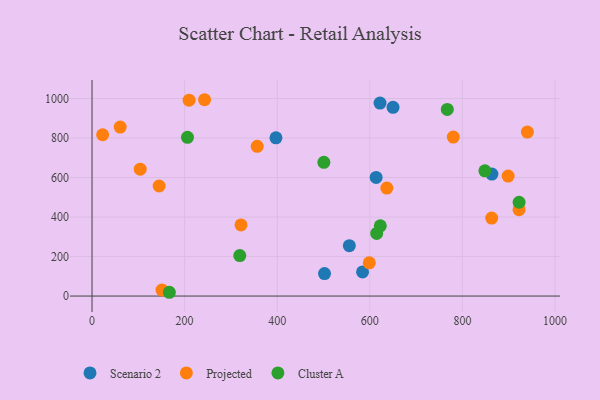
{"axis": {"x": "Ad Spend", "y": "Profit"}, "legend": ["Cluster A", "Projected", "Scenario 2"], "data": [{"x": "397.3", "y": 801.1, "type": "Scenario 2"}, {"x": "502.2", "y": 113.9, "type": "Scenario 2"}, {"x": "613.7", "y": 600.3, "type": "Scenario 2"}, {"x": "622.1", "y": 976.7, "type": "Scenario 2"}, {"x": "863.8", "y": 617.7, "type": "Scenario 2"}, {"x": "555.8", "y": 255.0, "type": "Scenario 2"}, {"x": "650.2", "y": 955.3, "type": "Scenario 2"}, {"x": "584.4", "y": 122.3, "type": "Scenario 2"}, {"x": "22.9", "y": 816.6, "type": "Projected"}, {"x": "60.8", "y": 855.5, "type": "Projected"}, {"x": "598.9", "y": 168.3, "type": "Projected"}, {"x": "780.4", "y": 804.9, "type": "Projected"}, {"x": "898.8", "y": 607.6, "type": "Projected"}, {"x": "243.1", "y": 993.9, "type": "Projected"}, {"x": "940.4", "y": 830.0, "type": "Projected"}, {"x": "636.8", "y": 546.8, "type": "Projected"}, {"x": "151.1", "y": 30.1, "type": "Projected"}, {"x": "863.3", "y": 394.8, "type": "Projected"}, {"x": "922.4", "y": 437.5, "type": "Projected"}, {"x": "145.0", "y": 557.1, "type": "Projected"}, {"x": "209.7", "y": 991.7, "type": "Projected"}, {"x": "321.8", "y": 360.3, "type": "Projected"}, {"x": "104.1", "y": 642.2, "type": "Projected"}, {"x": "356.8", "y": 758.0, "type": "Projected"}, {"x": "922.5", "y": 474.9, "type": "Cluster A"}, {"x": "206.2", "y": 803.4, "type": "Cluster A"}, {"x": "848.6", "y": 634.1, "type": "Cluster A"}, {"x": "500.8", "y": 677.1, "type": "Cluster A"}, {"x": "167.0", "y": 19.1, "type": "Cluster A"}, {"x": "767.4", "y": 944.8, "type": "Cluster A"}, {"x": "614.9", "y": 317.0, "type": "Cluster A"}, {"x": "319.2", "y": 205.0, "type": "Cluster A"}, {"x": "622.7", "y": 355.3, "type": "Cluster A"}]}